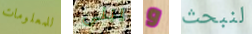
للمعلومات يبنى و لنبحث